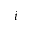
i